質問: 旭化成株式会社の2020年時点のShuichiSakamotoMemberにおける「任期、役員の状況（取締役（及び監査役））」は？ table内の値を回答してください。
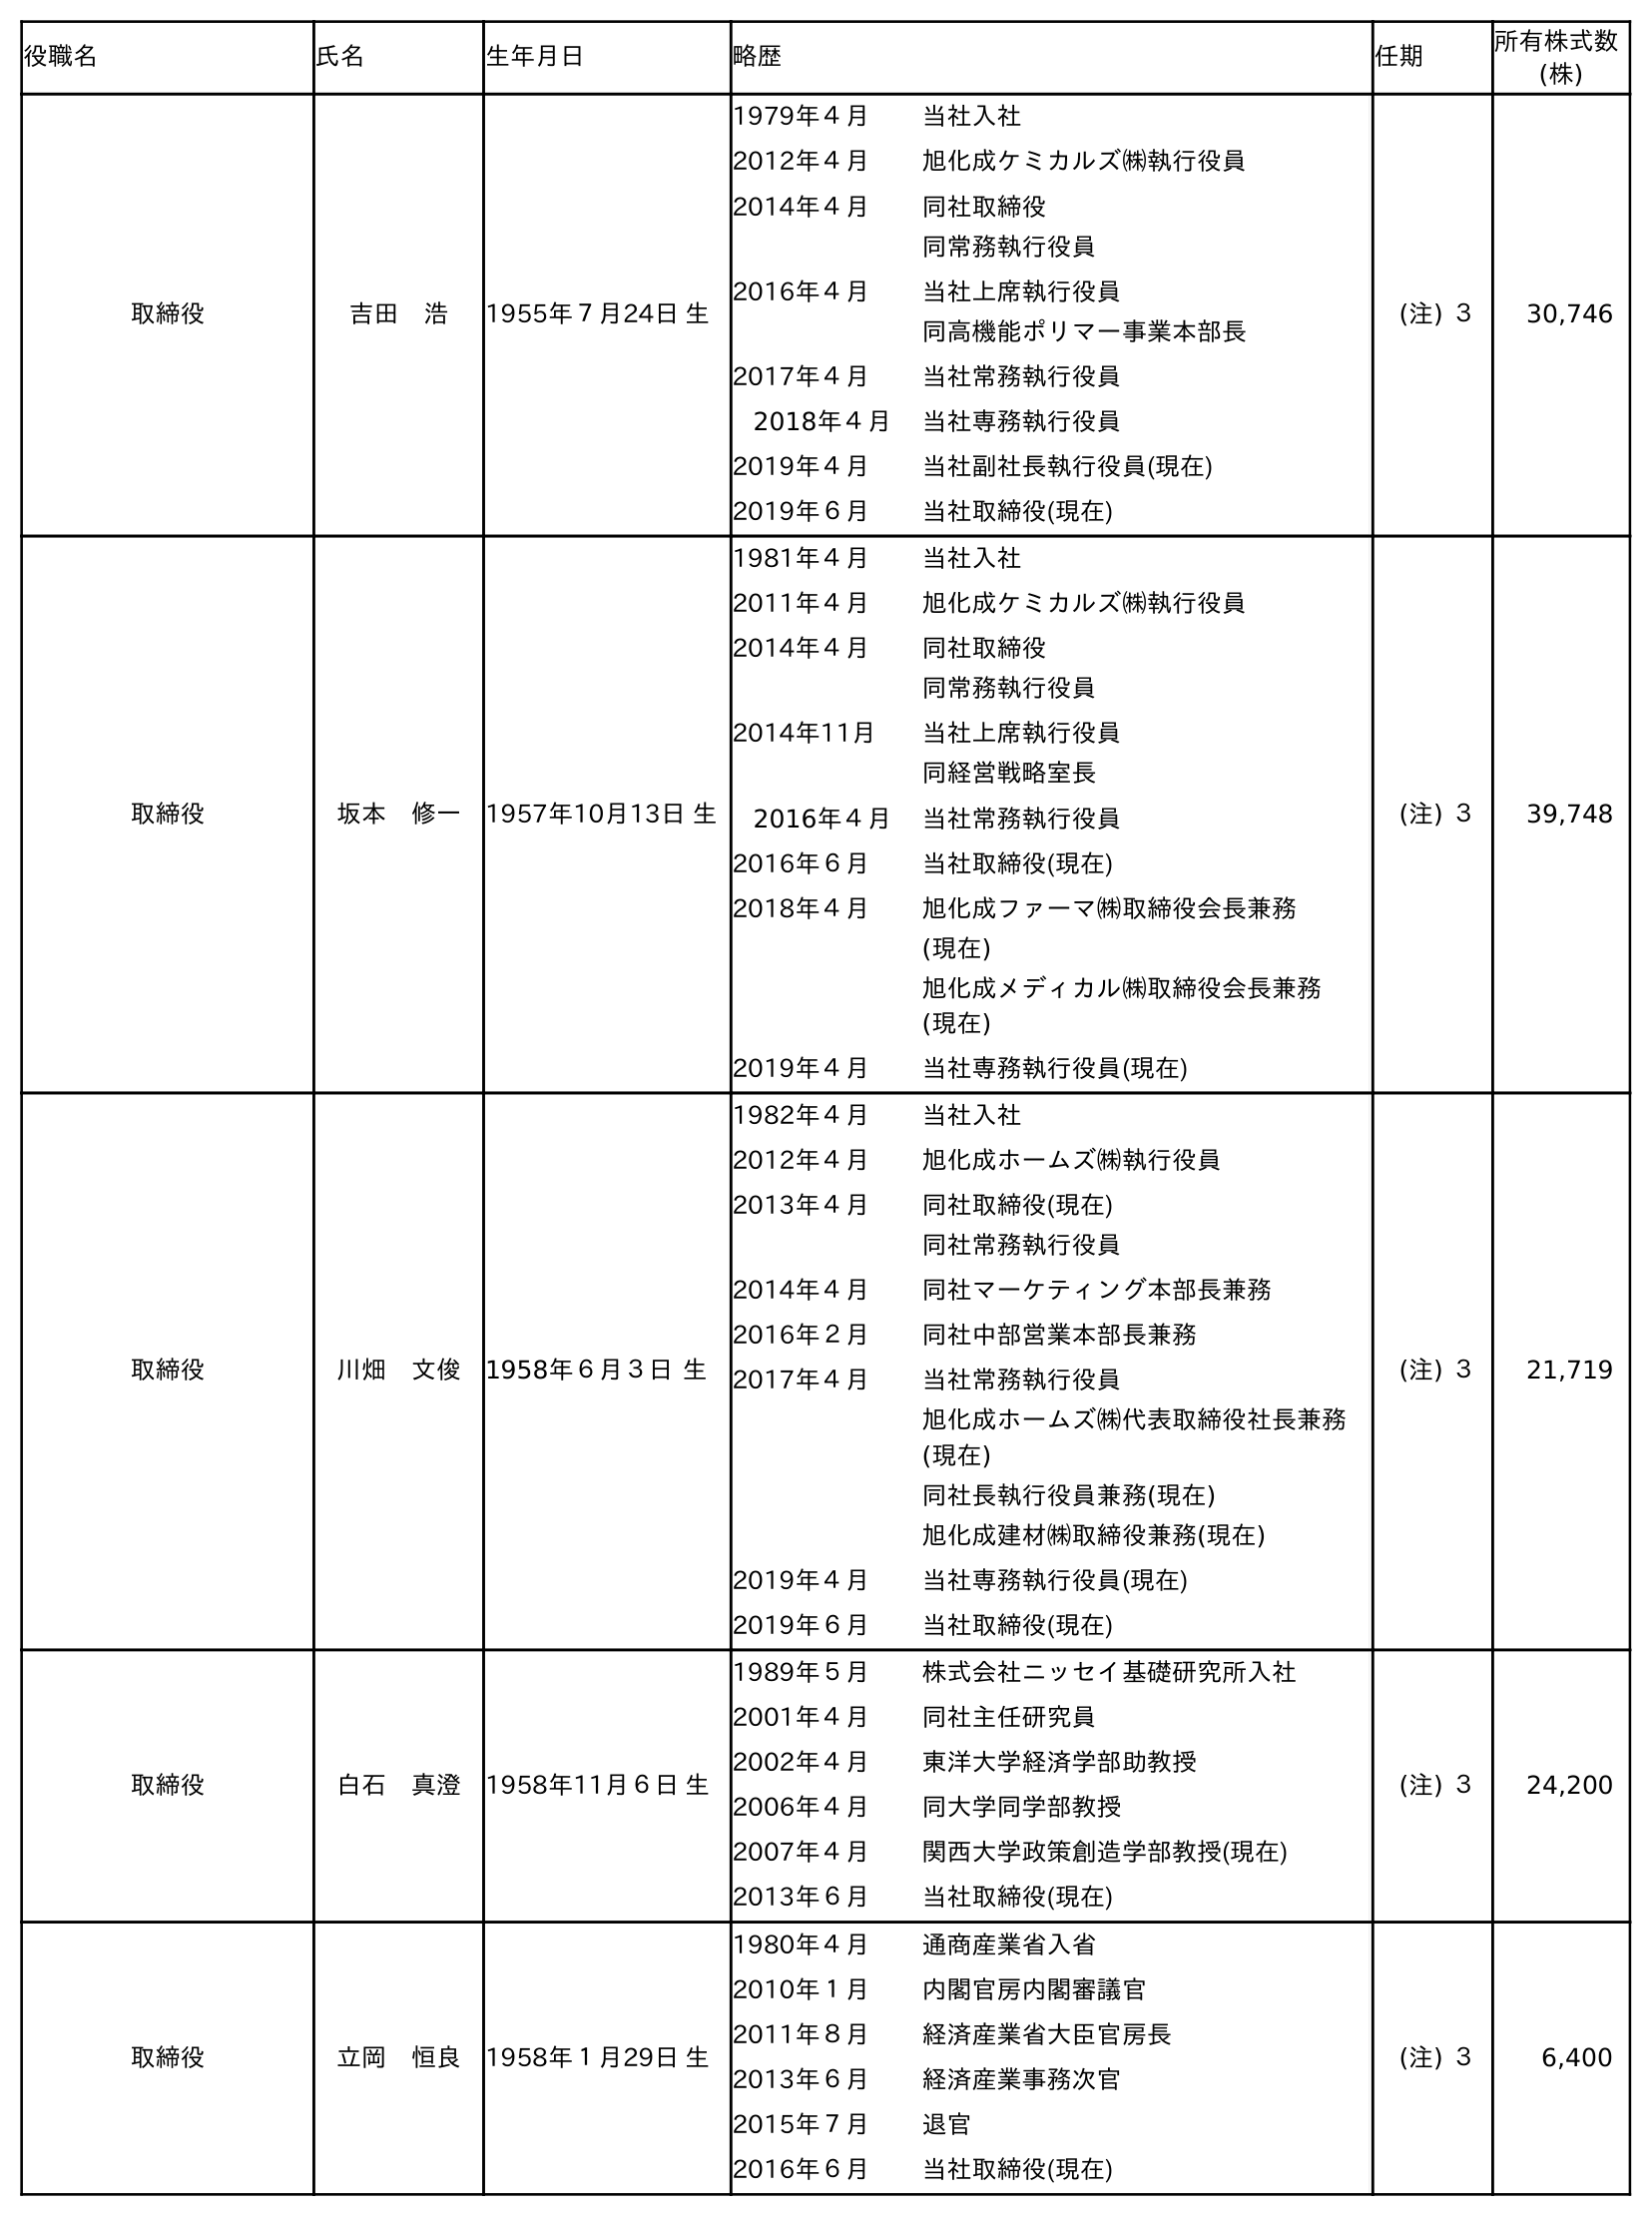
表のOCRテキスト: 役職名 氏名 生年月日 略歴 任期 所有株式数 (株) 取締役 吉田 浩 1955年７月24日 生 1979年４月 当社入社 2012年４月 旭化成ケミカルズ㈱執行役員 2014年４月 同社取締役 同常務執行役員 2016年４月 当社上席執行役員 同高機能ポリマー事業本部長 2017年４月 当社常務執行役員 2018年４月 当社専務執行役員 2019年４月 当社副社長執行役員(現在) 2019年６月 当社取締役(現在) (注) ３ 30,746 取締役 坂本 修一 1957年10月13日 生 1981年４月 当社入社 2011年４月 旭化成ケミカルズ㈱執行役員 2014年４月 同社取締役 同常務執行役員 2014年11月 当社上席執行役員 同経営戦略室長 2016年４月 当社常務執行役員 2016年６月 当社取締役(現在) 2018年４月 旭化成ファーマ㈱取締役会長兼務 (現在) 旭化成メディカル㈱取締役会長兼務 (現在) 2019年４月 当社専務執行役員(現在) (注) ３ 39,748 取締役 川畑 文俊 1958年６月３日 生 1982年４月 当社入社 2012年４月 旭化成ホームズ㈱執行役員 2013年４月 同社取締役(現在) 同社常務執行役員 2014年４月 同社マーケティング本部長兼務 2016年２月 同社中部営業本部長兼務 2017年４月 当社常務執行役員 旭化成ホームズ㈱代表取締役社長兼務 (現在) 同社長執行役員兼務(現在) 旭化成建材㈱取締役兼務(現在) 2019年４月 当社専務執行役員(現在) 2019年６月 当社取締役(現在) (注) ３ 21,719 取締役 白石 真澄 1958年11月６日 生 1989年５月 株式会社ニッセイ基礎研究所入社 2001年４月 同社主任研究員 2002年４月 東洋大学経済学部助教授 2006年４月 同大学同学部教授 2007年４月 関西大学政策創造学部教授(現在) 2013年６月 当社取締役(現在) (注) ３ 24,200 取締役 立岡 恒良 1958年１月29日 生 1980年４月 通商産業省入省 2010年１月 内閣官房内閣審議官 2011年８月 経済産業省大臣官房長 2013年６月 経済産業事務次官 2015年７月 退官 2016年６月 当社取締役(現在) (注) ３ 6,400
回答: (注) ３